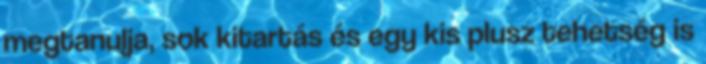
megtanulja, sok kitartás és egy kis plusz tehetség is